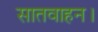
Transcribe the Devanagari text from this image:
सातवाहन।